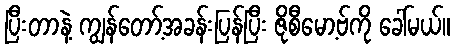
ပြီးတာနဲ့ ကျွန်တော့်အခန်းပြန်ပြီး ဇိုစီမော့ဗ်ကို ခေါ်မယ်။